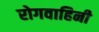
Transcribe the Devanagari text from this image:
रोगवाहिनी